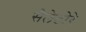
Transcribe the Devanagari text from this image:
सैलेटोरे